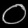
Digit: ၀